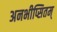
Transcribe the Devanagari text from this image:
अनभीप्सितम्